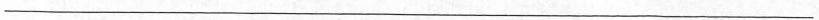
___